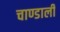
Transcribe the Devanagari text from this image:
चाण्डाली